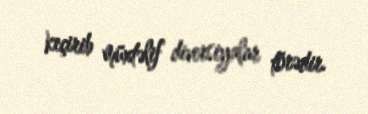
keçirib müxtəlif diversiyalar törədir.